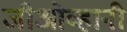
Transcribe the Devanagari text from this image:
जीओव्हानी